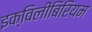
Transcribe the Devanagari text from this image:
इक्विलीबिरियम